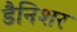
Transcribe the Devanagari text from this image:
डैनिशर